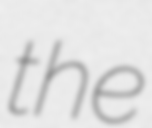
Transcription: the